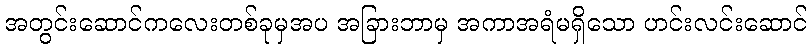
အတွင်းဆောင်ကလေးတစ်ခုမှအပ အခြားဘာမှ အကာအရံမရှိသော ဟင်းလင်းဆောင်